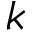
k